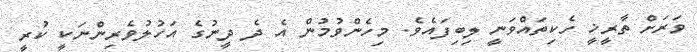
ވަރަށް ތާރީޚީ ހެކިތައްވަނީ ލިބިފައެވެ. މިހެންވުމުން އެ ދެ ދީނުގެ އަހުލުވެރިންނަކީ ކުރީ